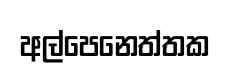
අල්පෙනෙත්තක